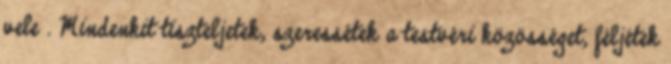
vele . Mindenkit tiszteljetek, szeressétek a testvéri közösséget, féljétek